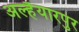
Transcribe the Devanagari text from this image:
अल्हैयारपुर